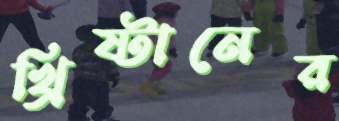
খ্রিষ্টানের